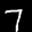
Label: 7